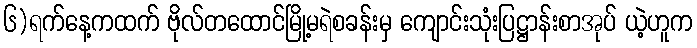
၆)ရက်နေ့ကထက် ဗိုလ်တထောင်မြို့မရဲစခန်းမှ ကျောင်းသုံးပြဋ္ဌာန်းစာအုပ် ယဲ့ဟူက